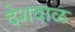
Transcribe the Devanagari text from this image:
देशवाळ